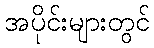
အပိုင်းများတွင်